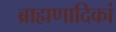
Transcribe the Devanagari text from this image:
ब्राह्मणादिकां